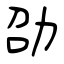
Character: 劭